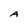
Character: A